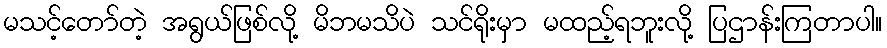
မသင့်တော်တဲ့ အရွယ်ဖြစ်လို့ မိဘမသိပဲ သင်ရိုးမှာ မထည့်ရဘူးလို့ ပြဌာန်းကြတာပါ။